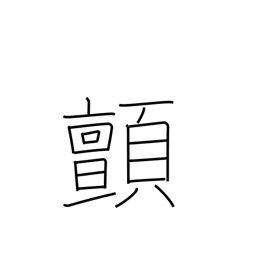
Meaning: shudder